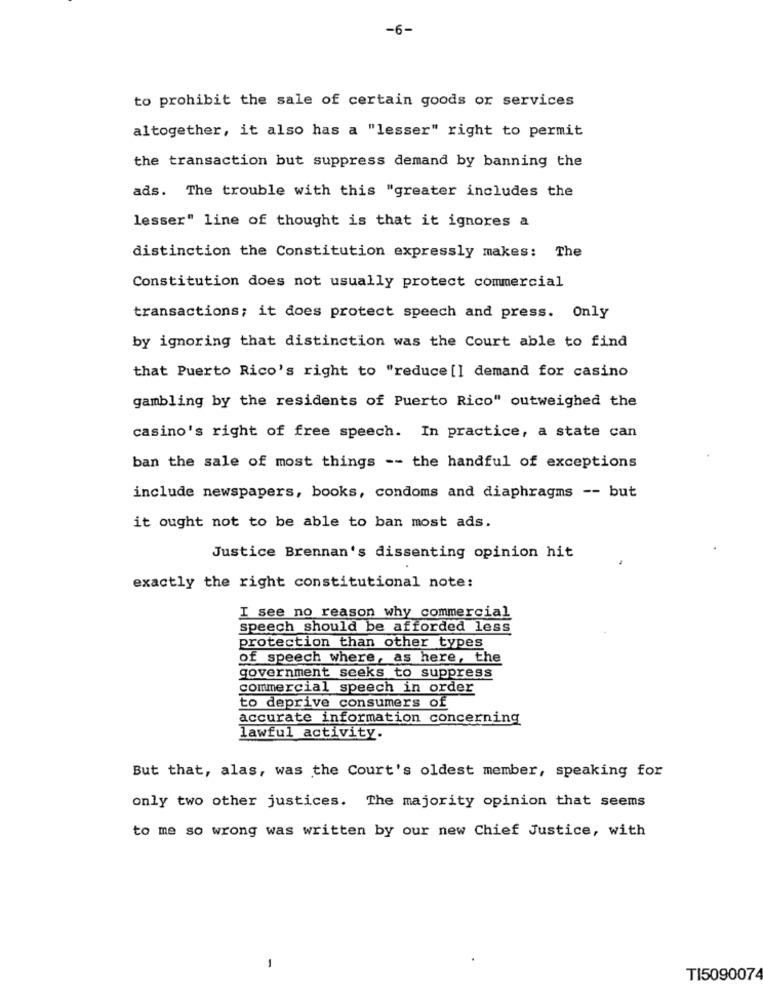
-6-
to prohibit the sale of certain goods or services
altogether, it also has a "lesser" right to permit
the transaction but suppress demand by banning the
ads. The trouble with this "greater includes the
lesser" line of thought is that it ignores a
distinction the Constitution expressly makes: The
Constitution does not usually protect commercial
transactions; it does protect speech and press. Only
by ignoring that distinction was the Court able to find
that Puerto Rico's right to "reduce [] demand for casino
gambling by the residents of Puerto Rico" outweighed the
casino's right of free speech. In practice, a state can
ban the sale of most things -- the handful of exceptions
include newspapers, books, condoms and diaphragms -- but
it ought not to be able to ban most ads.
Justice Brennan's dissenting opinion hit
exactly the right constitutional note:
I see no reason why commercial
speech should be afforded less
protection than other types
of speech where, as here, the
government seeks to suppress
commercial speech in order
to deprive consumers of
accurate information concerning
lawful activity.
But that, alas, was the Court's oldest member, speaking for
only two other justices. The majority opinion that seems
to me so wrong was written by our new Chief Justice, with
-
TI5090074